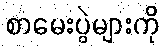
စာမေးပွဲများကို